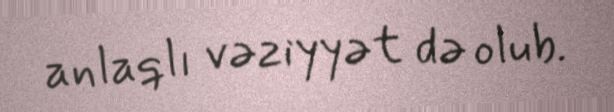
anlaqlı vəziyyət də olub.